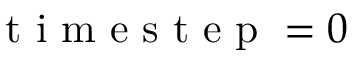
\mathrm { ~ t ~ i ~ m ~ e ~ s ~ t ~ e ~ p ~ } = 0